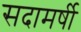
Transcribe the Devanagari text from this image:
सदामर्षी